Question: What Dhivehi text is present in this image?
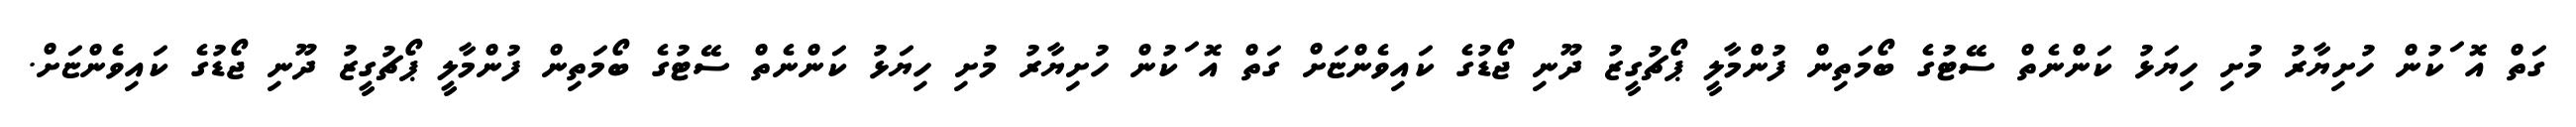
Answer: ގަތް އޮޱަކުން ހުށިޔާރު މުށި ހިޔަޅު ކަންނެތް ސޭޓުގެ ބޯމަތިން ފުންމާލީ ޕޯޗުގީޒު ދޫނި ޖޯޑުގެ ކައިވެންޏަށް ގަތް އޮޱަކުން ހުށިޔާރު މުށި ހިޔަޅު ކަންނެތް ސޭޓުގެ ބޯމަތިން ފުންމާލީ ޕޯޗުގީޒު ދޫނި ޖޯޑުގެ ކައިވެންޏަށް.